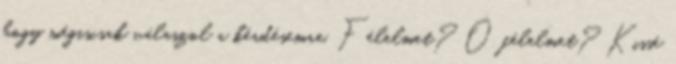
hogy mégiscsak válaszol a kérdésemre. Félelmet? Ő félelmet? Kissé